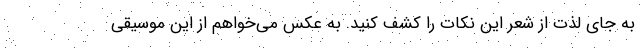
به جای لذت از شعر این نکات را کشف کنید. به عکس می‌خواهم از این موسیقی